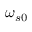
\omega _ { s 0 }